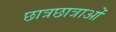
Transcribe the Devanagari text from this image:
छात्रछात्राओं